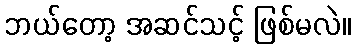
ဘယ်တော့ အဆင်သင့် ဖြစ်မလဲ။